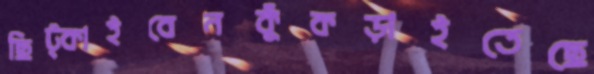
ছিট্‌কাইবেনকুঁকড়াইতেছে